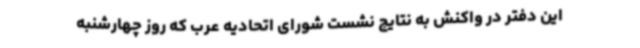
این دفتر در واکنش به نتایج نشست شورای اتحادیه عرب که روز چهارشنبه